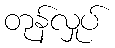
တုန်လှုပ်